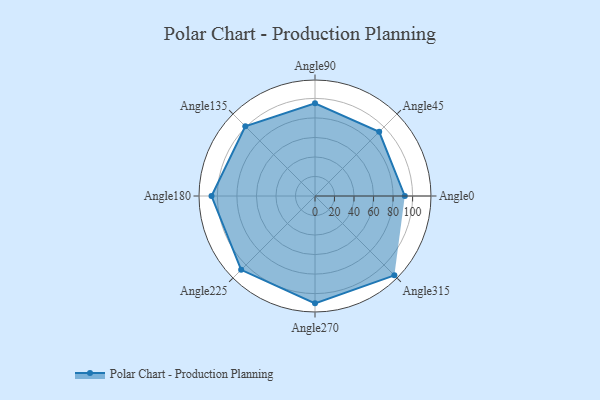
{"axis": {"x": "Angle", "y": "Radius"}, "legend": [""], "data": [{"x": "Angle0", "y": 92.0, "type": ""}, {"x": "Angle45", "y": 93.0, "type": ""}, {"x": "Angle90", "y": 95.0, "type": ""}, {"x": "Angle135", "y": 101.0, "type": ""}, {"x": "Angle180", "y": 106.0, "type": ""}, {"x": "Angle225", "y": 107.0, "type": ""}, {"x": "Angle270", "y": 110.0, "type": ""}, {"x": "Angle315", "y": 115.0, "type": ""}]}